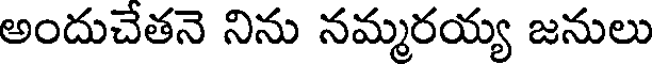
అందుచేతనె నిను నమ్మరయ్య జనులు